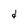
Character: d